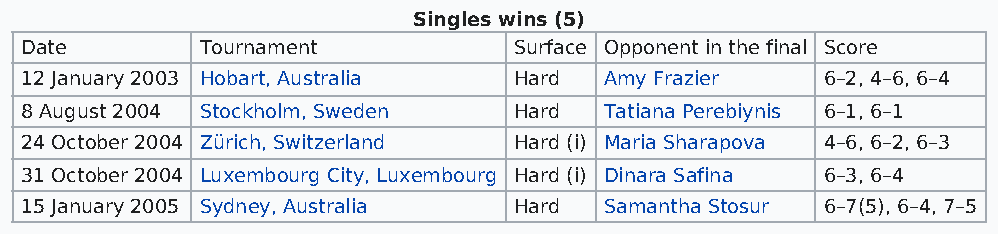
Singles wins (5)
 Date        Tournament           Surface Opponent in the final Score
 12 January 2003 Hobart, Australia Hard Amy Frazier    6–2, 4–6, 6–4
 8 August 2004 Stockholm, Sweden  Hard  Tatiana Perebiynis 6–1, 6–1
 24 October 2004 Zürich, Switzerland Hard (i) Maria Sharapova 4–6, 6–2, 6–3
 31 October 2004 Luxembourg City, Luxembourg Hard (i) Dinara Safina 6–3, 6–4
 15 January 2005 Sydney, Australia Hard Samantha Stosur 6–7(5), 6–4, 7–5